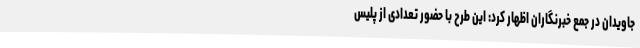
جاویدان در جمع خبرنگاران اظهار کرد: این طرح با حضور تعدادی از پلیس